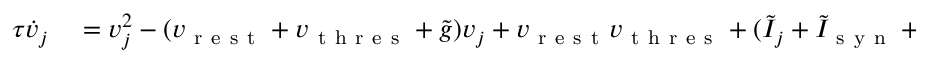
\begin{array} { r l } { \tau \dot { v } _ { j } } & { { } = v _ { j } ^ { 2 } - ( v _ { \mathrm { ~ r ~ e ~ s ~ t ~ } } + v _ { \mathrm { ~ t ~ h ~ r ~ e ~ s ~ } } + \tilde { g } ) v _ { j } + v _ { \mathrm { ~ r ~ e ~ s ~ t ~ } } v _ { \mathrm { ~ t ~ h ~ r ~ e ~ s ~ } } + ( \tilde { I } _ { j } + \tilde { I } _ { \mathrm { ~ s ~ y ~ n ~ } } + g \tilde { I } _ { \mathrm { ~ s ~ y ~ n ~ } } ) ( v _ { \mathrm { ~ t ~ h ~ r ~ e ~ s ~ } } - v _ { \mathrm { ~ r ~ e ~ s ~ t ~ } } ) / g _ { L } } \end{array}